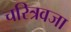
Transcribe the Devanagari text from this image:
चरित्रवजा